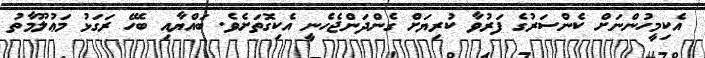
އެކިމީހުންނަށް ކެންސަރުގެ ފަރުވާ ކުރިޔަށް ގެންދަންޖެހެނީ އެކިގޮތަށެވެ. ބައްޔާއި ބެހޭ ރަގަޅު މަޢުލޫމާތު